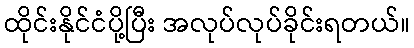
ထိုင်းနိုင်ငံပို့ပြီး အလုပ်လုပ်ခိုင်းရတယ်။